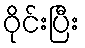
ဝိုင်းပြီး